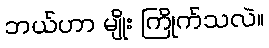
ဘယ်ဟာ မျိုး ကြိုက်သလဲ။